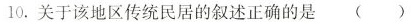
10.关于该地区传统民居的叙述正确的是 ()